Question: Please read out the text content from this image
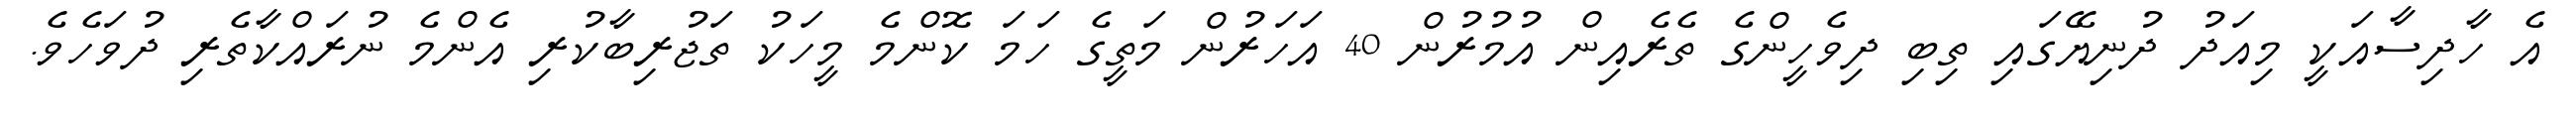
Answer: އެ ހާދިސާއަކީ މިއަދު ދުނިޔޭގައި ތިބި ދިވެހީންގެ ތެރެއިން އުމުރުން 40 އަހަރުން މަތީގެ ހަމަ ކޮންމެ މީހަކު ތަޖުރިބާކުރި އެންމެ ނުރައްކާތެރި ދުވަހެވެ.